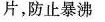
片，防止暴沸